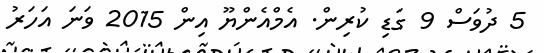
5 ދުވަސް 9 ގަޑި ކުރިން. އެމްއެންޔޫ އިން 2015 ވަނަ އަހަރު